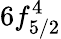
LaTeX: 6f_{5/2}^{4}